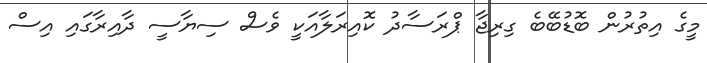
މީގެ އިތުރުން ބޮޑުބޭބެ ގިރިޖާ ޕްރަސާދު ކޮއިރަލާއަކީ ވެސް ސިޔާސީ ދާއިރާގައި އިސް